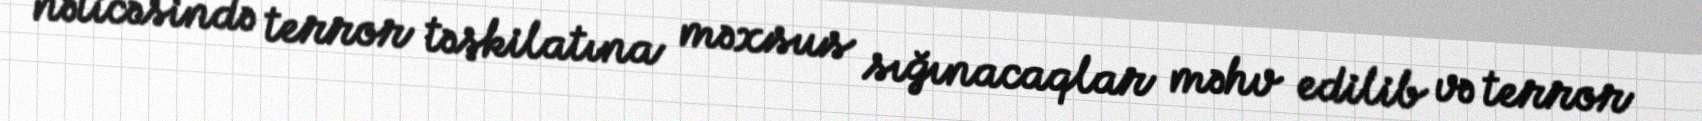
nəticəsində terror təşkilatına məxsus sığınacaqlar məhv edilib və terror